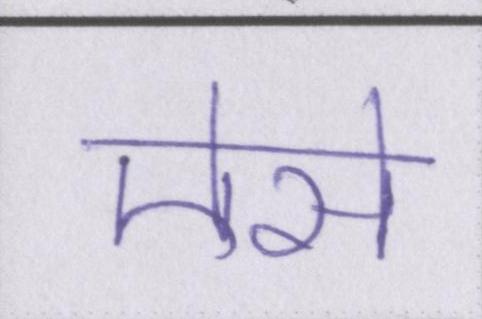
ऐसे